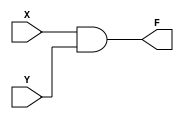
`timescale 1 ns/1 ns

module And2(X, Y, F);
    
   input X, Y;
   output F;
   reg F;

   always @(X,Y) begin
	   F <= X & Y;
   end				 

endmodule